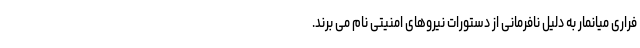
فراری میانمار به دلیل نافرمانی از دستورات نیروهای امنیتی نام می برند.